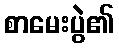
စာမေးပွဲ၏